Vaccination in Bombay 1869-1873 - 1869-1873
Year: 1869
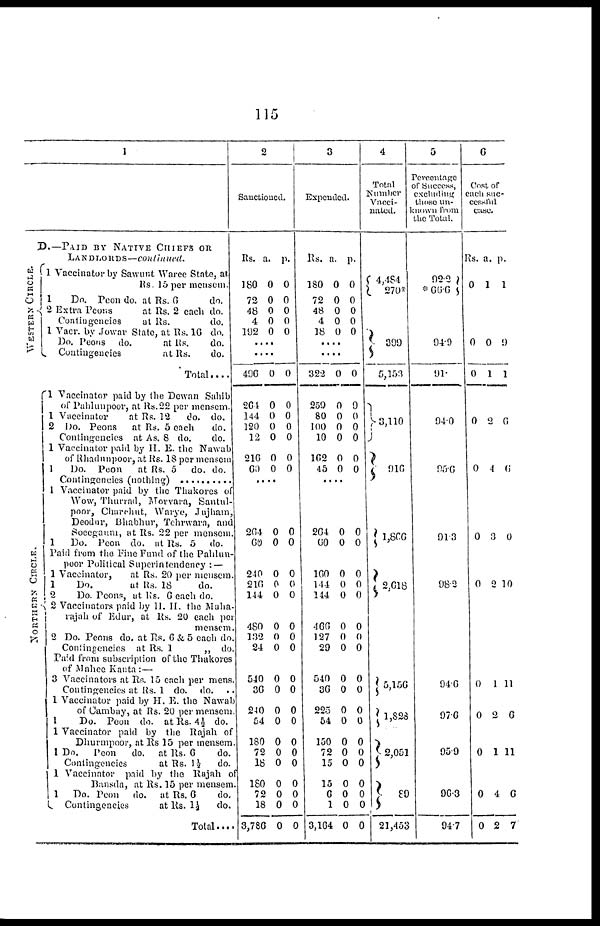
115
1
D.—PAID BY NATIVE CHIEFS OR
LANDLORDS—continued.
WESTERN CIRCLE.
NOR T HE R N CI RCLE.
1 Vaccinator by Sawunt Waree State, at
Rs. 15 per mensem.
1
Do. Peon do. at Rs. 6
do.
2 Extra Peons
at Rs. 2 each do.
Contingencies
at Rs.
do.
1 Vacr. by Jowar State, at Rs. 16 do.
Do. Peons do.
at Rs.
do.
Contingencies
at Rs.
do.
Total....
1 Vaccinator paid by the Dewan Sahib
of Pahlunpoor, at Rs.22 per mensem.
1 Vaccinator
at Rs. 12
do. do.
2 Do. Peons at Rs. 5 each
do.
Contingencies at As. 8 do.
do.
1 Vaccinator paid by H. 12. the Nawab
of Rhadunpoor , at Rs. 18 per mensem
1
Do. Peon
at Rs. 5 do. do.
Contingencies (nothing) ...............
1 Vaccinator paid by the Thakores of
Wow, Thurrad, Morvara, Santul¬
poor, Charchut, Warye, Jujham,
Deodar, Bhabhur, Tehrwara, and
Soeegaum, at Rs. 22 per mensem.
1
Do. Peon do. at Rs. 5 do.
Paid from the Fine Fund of the Pahlun¬
poor Political Superintendency : —
1 Vaccinator,
at Rs. 20 per mensem.
1
Do.
at Rs. 18
do.
2
Do. Peons, at Rs. 6 each do.
2 Vaccinatore paid by H. H. the Maha¬
rajah of Edur, at Rs. 20 each per
mensem.
2 Do. Peons do. at Rs. 6 & 5 each do.
Contingencies at Rs. 1
„ do.
Paid from subscription of the Thakores
of Mahee Kanta :—
3 Vaccinators at Rs. 15 each per mens.
Contingencies at Rs. 1 do. do. ..
1 Vaccinator paid by H. E. the Nawab
of Cambay, at Rs. 20 per mensem.
1
Do. Peon do. at Rs. 4½ do.
1 Vaccinator paid by the Rajah of
Dhurmpoor, at Rs 15 per mensem.
1 Do. Peon
do. at Rs. 6
do.
Contingencies
at Rs. 1 ½ do.
1 Vaccinator paid by the Rajah of
Bansda, at Rs. 15 per mensem.
1 Do. Peon do. at Rs. 6
do.
Contingencies
at Rs. 1½ do.
Total....
2
Sanctioned.
Rs.
180
72
48
4
192
a.
0
0
0
0
0
p.
0
0
0
0
0
....
....
496
264
144
120
12
216
60
0
0
0
0
0
0
0
0
0
0
0
0
0
0
...
264
60
0
0
0
0
240
216
144
480
132
24
510
36
240
54
180
72
18
180
72
18
3,786
0
0
0
0
0
0
0
0
0
0
0
0
0
0
0
0
0
0
0
0
0
0
0
0
0
0
0
0
0
0
0
0
0
0
3
Expended.
Rs.
180
72
48
4
18
a.
0
0
0
0
0
p.
0
0
0
0
0
....
....
322
259
80
100
10
162
45
0
0
0
0
0
0
0
0
9
0
0
0
0
0
....
264
60
0
0
0
0
160
144
144
466
127
29
540
36
225
54
150
72
15
15
6
1
3,104
0
0
0
0
0
0
0
0
0
0
0
0
0
0
0
0
0
0
0
0
0
0
0
0
0
0
0
0
0
0
0
0
0
0
4
Total
Number
Vacci¬
nated.
4,484
270*
399
5,153
3,110
916
1,866
2,618
5,156
1,828
2,051
89
21,453
5
Percentage
of Success,
excluding
those un¬
known from
the Total.
92.2
*66.6
94.9
91.
94.0
95.6
91.3
98.2
94.6
97.6
95.9
96.3
947
6
Cost or
each suc-
cessful
case.
Rs.
0
a.
1
p.
1
0
0
0
0
0
0
1
2
4
3
9
1
6
6
0
0 2 10
0
0
0
0
0
1
2
1
4
2
11
6
11
6
7